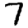
Digit: 7